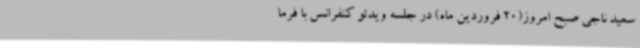
سعید ناجی صبح امروز(20 فروردین ماه) در جلسه ویدئو کنفرانس با فرما